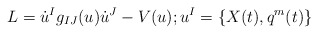
\begin{align*}L=\dot{u}^{I}g_{IJ}(u)\dot{u}^{J}-V(u);u^{I}=\{ X(t),q^{m}(t)\}\end{align*}